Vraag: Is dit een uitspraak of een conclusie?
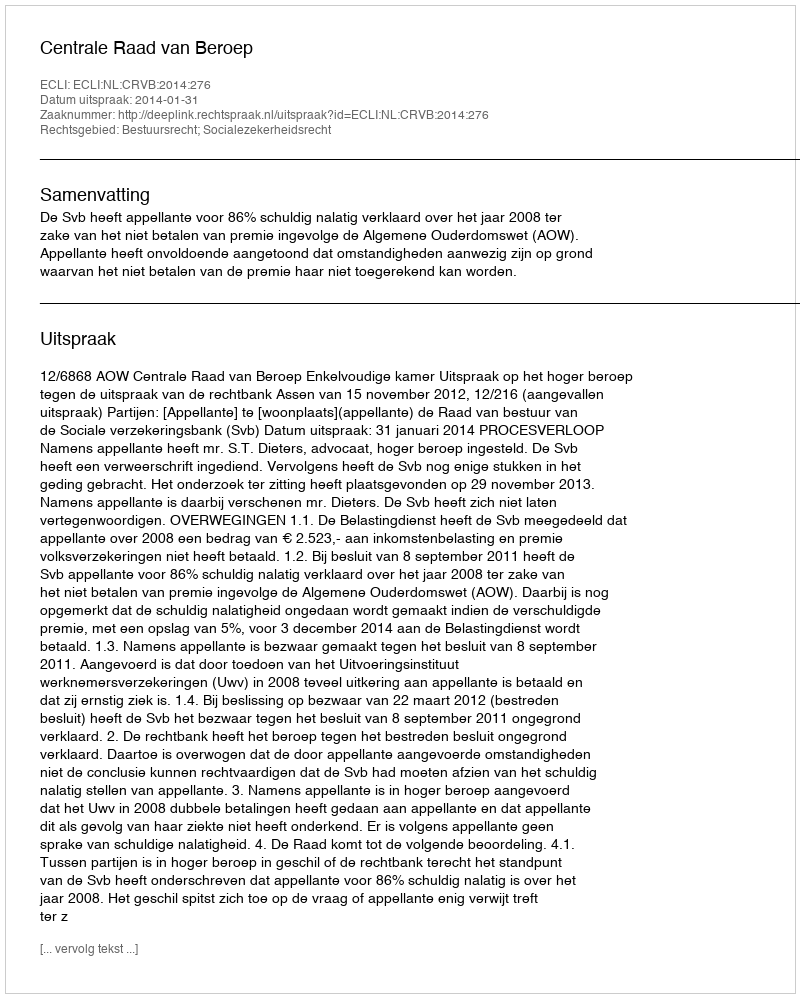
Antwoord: Uitspraak